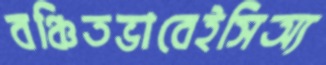
বঞ্চিতভাবেইসিঅ্য